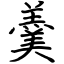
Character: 羹